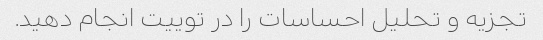
تجزیه و تحلیل احساسات را در توییت انجام دهید.